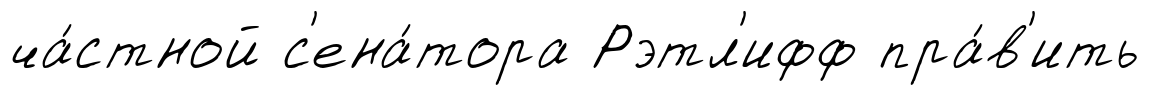
ча́стной с'ена́тора Рэтл'ифф пра́в'ить